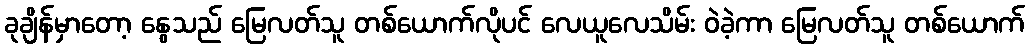
ခုချိန်မှာတော့ နွေသည် မြေလတ်သူ တစ်ယောက်လိုပင် လေယူလေသိမ်း ဝဲခဲ့ကာ မြေလတ်သူ တစ်ယောက်